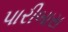
પારીબાસ